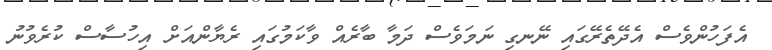
އެފަހުންވެސް އެދޭތެރޭގައި ނޭނގި ނަމަވެސް ދަމާ ބާރެއް ވާކަމުގައި ރެޔާންއަށް އިހުސާސް ކުރެވުނު